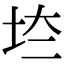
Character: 𡊌